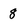
Character: 8